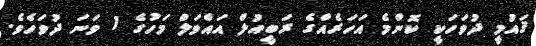
ޤައުމީ ދުވަހަކީ ކޮންމެ އަހަރެއްގެ ރަބީއުލް އައްވަލް މަހުގެ 1 ވަނަ ދުވަހެވެ.